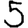
Digit: 5